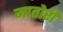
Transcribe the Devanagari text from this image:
मातोरी